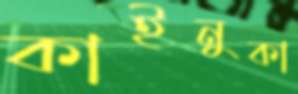
কাইনুকা